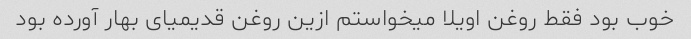
خوب بود فقط روغن اویلا میخواستم ازین روغن قدیمیای بهار آورده بود